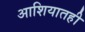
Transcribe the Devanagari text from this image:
आशियातही